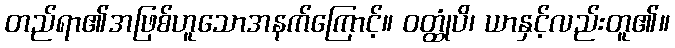
တည်ရာ၏အဖြစ်ဟူသောအနက်ကြောင့်။ ဝတ္ထုံပိ၊ ယာနှင့်လည်းတူ၏။